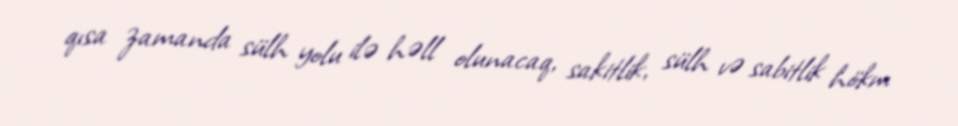
qısa zamanda sülh yolu ilə həll olunacaq, sakitlik, sülh və sabitlik hökm